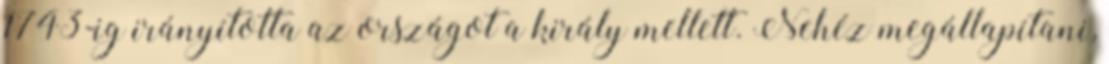
1743-ig irányította az országot a király mellett. Nehéz megállapítani,